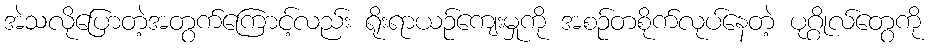
အဲသလိုပြောတဲ့အတွက်ကြောင့်လည်း ရိုးရာယဉ်ကျေးမှုကို အစဉ်တစိုက်လုပ်နေတဲ့ ပုဂ္ဂိုလ်တွေကို